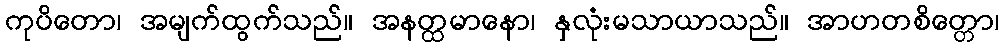
ကုပိတော၊ အမျက်ထွက်သည်။ အနတ္ထမာနော၊ နှလုံးမသာယာသည်။ အာဟတစိတ္တော၊